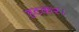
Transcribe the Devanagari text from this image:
हटकर।